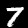
Label: 7